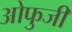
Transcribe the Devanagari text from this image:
ओफुजी